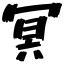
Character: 冥